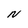
Character: N